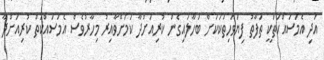
އަދި އެމަސައްކަތަކީ ތަފާތު ފިޔަވަހިތަކަކަށް ބަހާލައިގެން ކުރިއަށްދާ ކަމަށްވާއިރު މިހާރުވެސް އެމަސައްކަތް ކުރިއަށްދާ